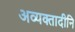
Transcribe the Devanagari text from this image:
अव्यक्तादीनि